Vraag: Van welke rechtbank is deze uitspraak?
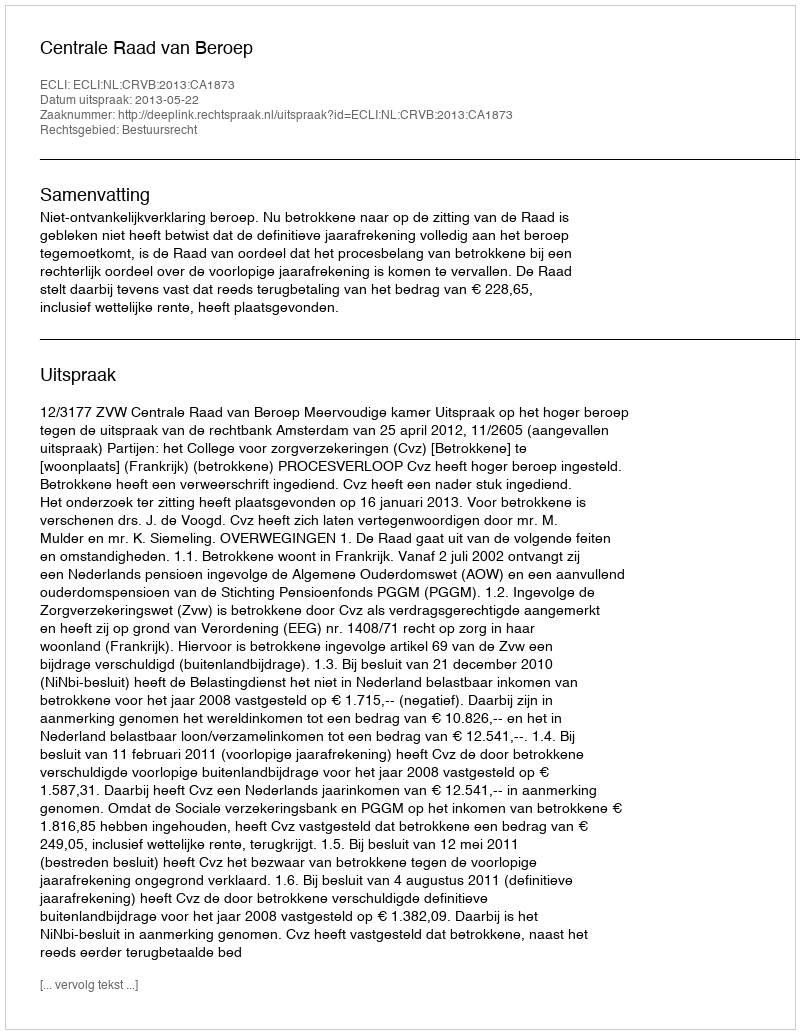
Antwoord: Centrale Raad van Beroep